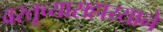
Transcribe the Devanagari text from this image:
वस्तूच्यासहाय्याने